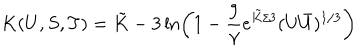
K ( U , S , T ) = \tilde { K } - 3 \ln \left( 1 - \frac { 9 } { \gamma } e ^ { \tilde { K } / 3 } ( U \bar { U } ) ^ { 1 / 3 } \right)